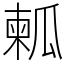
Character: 㼑